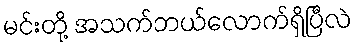
မင်းတို့ အသက်ဘယ်လောက်ရှိပြီလဲ